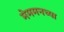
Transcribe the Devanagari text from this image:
मेममनच्या